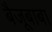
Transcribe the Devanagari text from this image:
बैजूबाबा